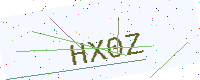
Text: HX0Z